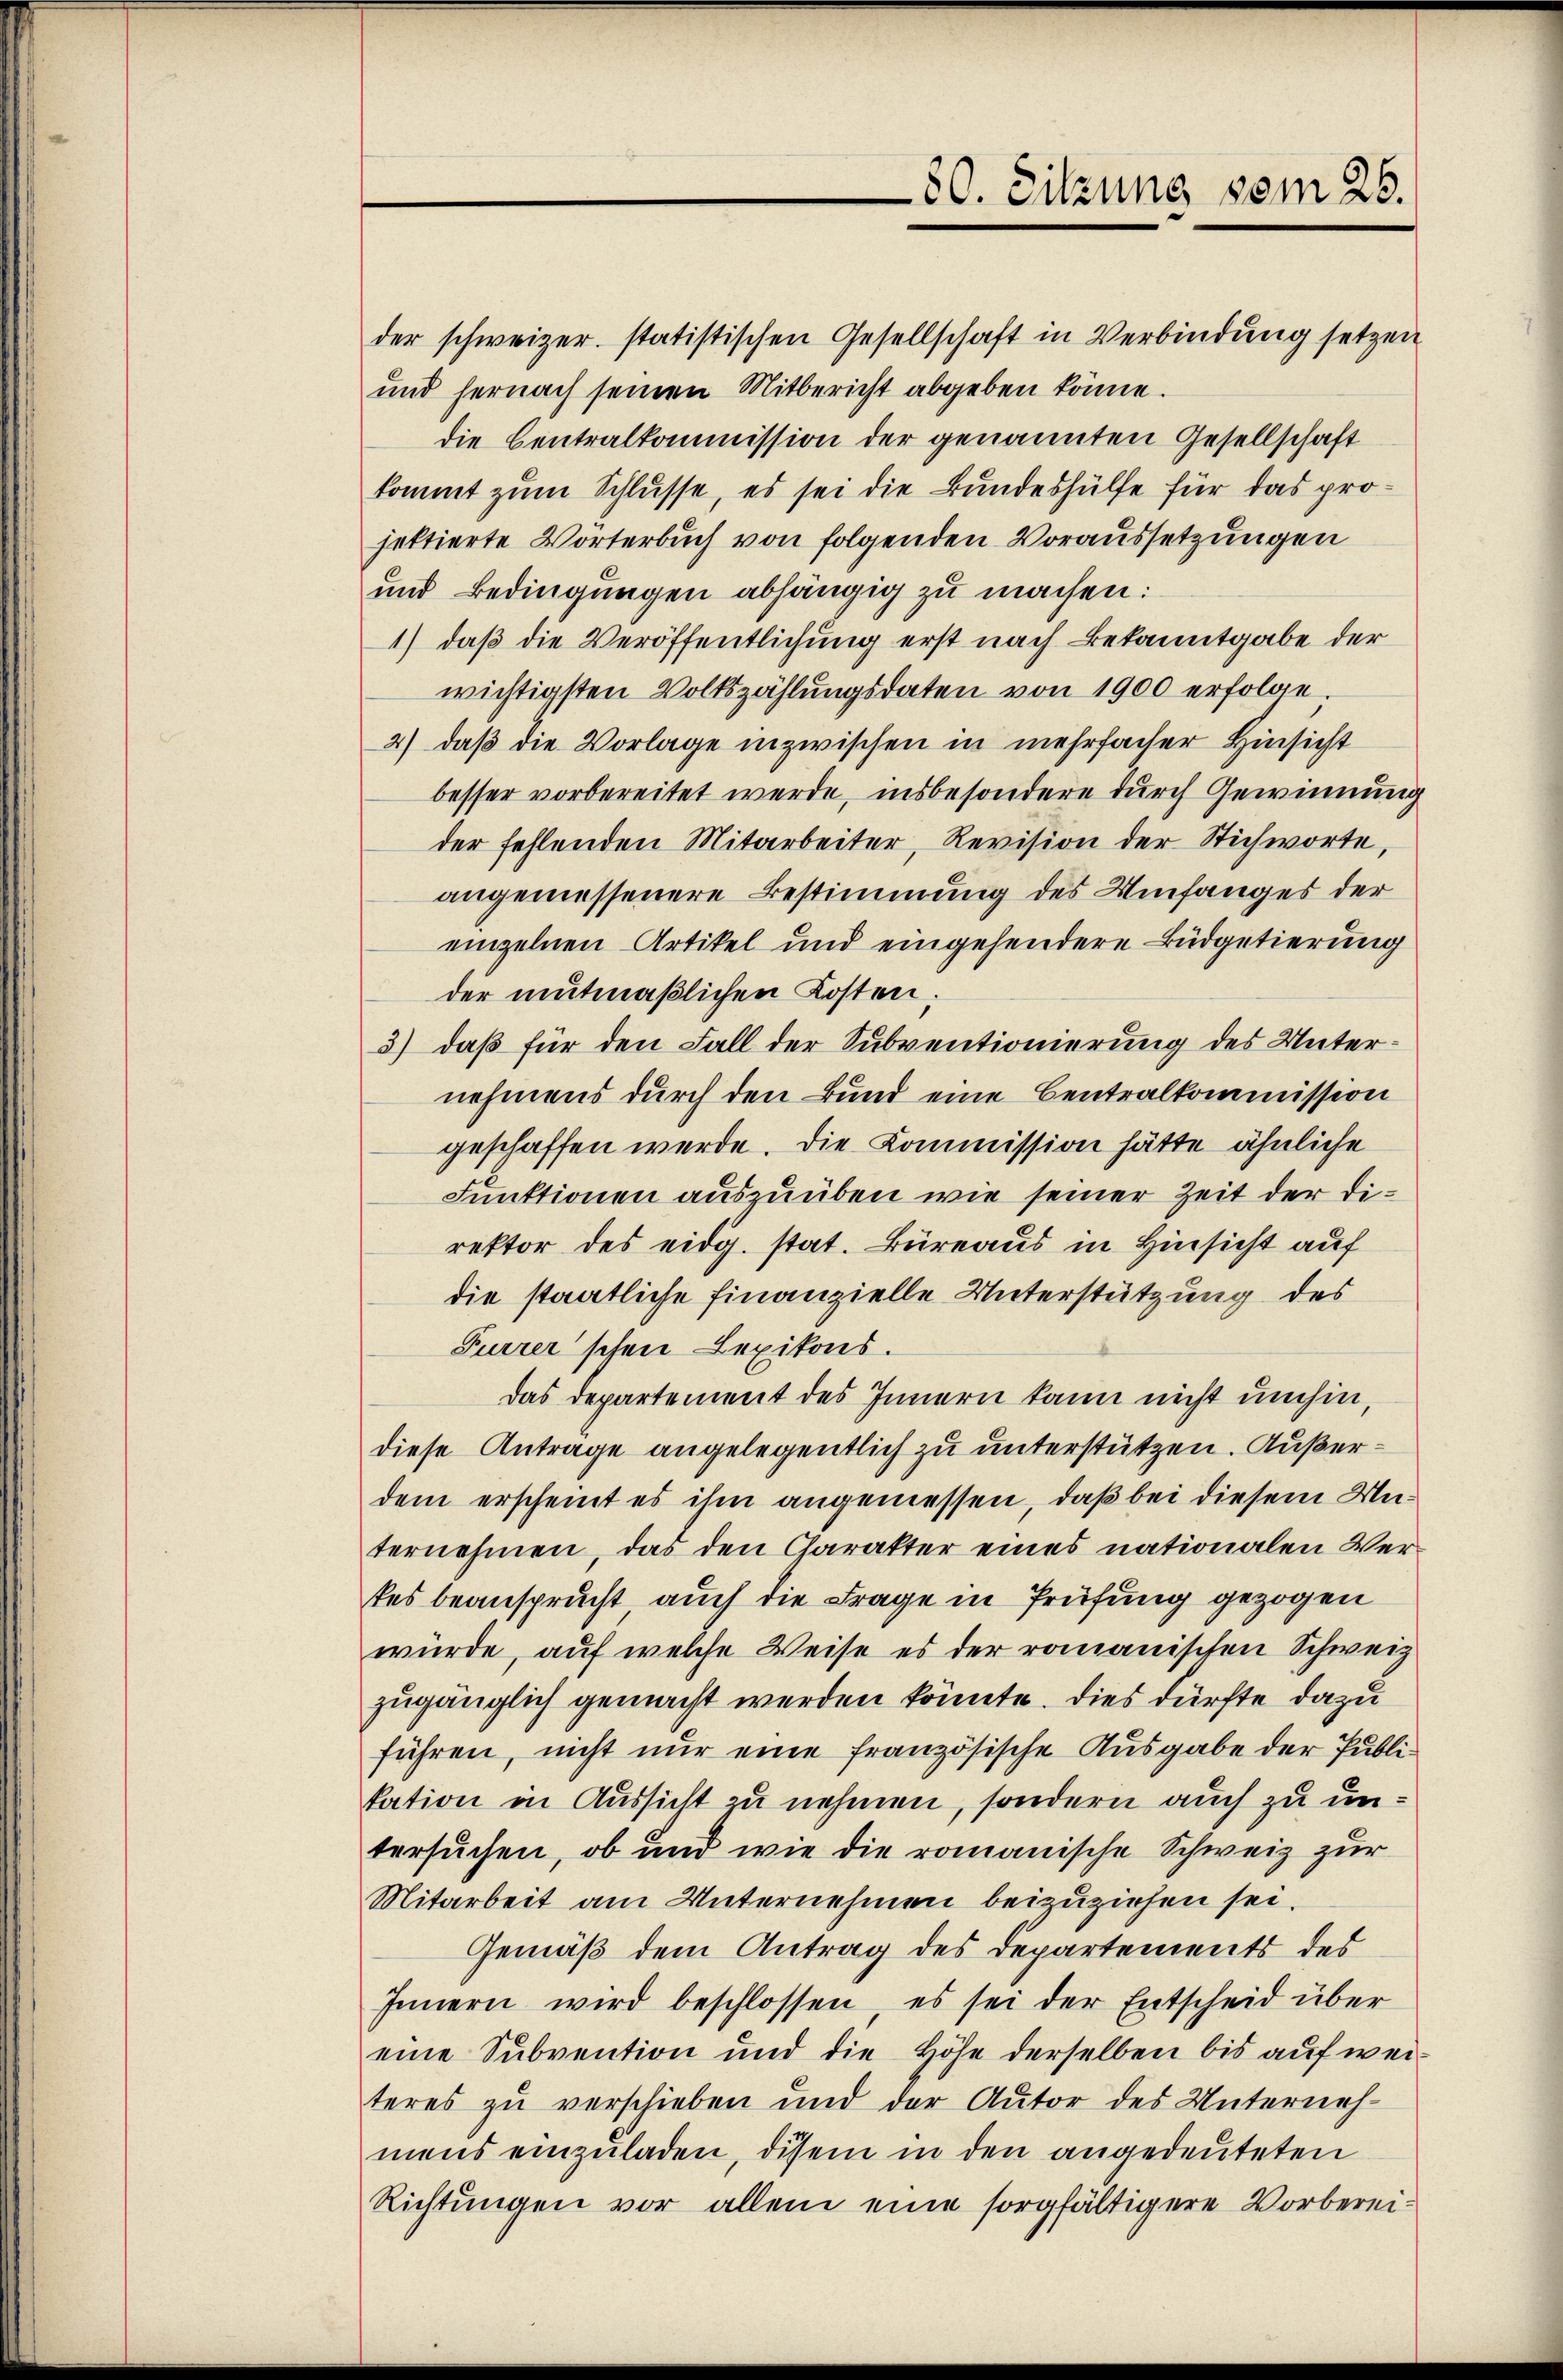
der schweizer. statistischen Gesellschaft in Verbindung setzen
und hernach seinen Mitbericht abgeben könne.
die Centralkommission der genannten Gesellschaft
kommt zum Schlüsse, es sei die Bundeshülfe für das projettierte Wörterbuch von folgenden Voraussetzungen
und Bedingungen abhängig zu machen:
1) daß die Veröffentlichung erst nach Bekanntgabe der
wichtigsten Volkszählungsdaten von 1900 erfolge.
2) daß die Vorlage inzwischen in mehrfacher Hinsicht
besser vorbereitet werde, insbesondere durch Gewinnung
der fehlenden Mitarbeiter, Revision der Stichworte
angemessenere Bestimmung des Umfanges der
einzelnen Artikel und eingehendere Büdgetierung
der mutmaßlichen Kosten.
3) daß für den Fall der Subventionierung des Unternehmens durch den Bund eine Centralkommission
geschaffen werde. Die Kommission hätte ähnliche
Funktionen auszuüben wie seiner Zeit der Direktor des eidg. stat. Büreaus in Hinsicht auf
die staatliche Finanzielle Unterstützung des
Furrer schen Lexikons.
Das Departement des Innern kann nicht umhin,
diese Antrage angelegentlich zu unterstützen. Außerdem erscheint es ihm angemessen, daß bei diesem Unternehmen, das den Charakter eines nationalen Ver-
tes beansprucht auch die Frage in Prüfung gezogen
würde, auf welche Weise es der romanischen Schweiz
zugänglich gemacht werden könnte. Dies dürfte dazu
führen, nicht nur eine französische Ausgabe der Publikation in Aussicht zu nehmen, sondern auch zu untersuchen, ob und wie die romanische Schweiz zur
Mitarbeit am Unternehmen beizuziehen sei.
Gemäß dem Antrag des Departements des
Innern wird beschlossen, es sei der Entscheid über
eine Subvention und die Höhe derselben bis auf weiteres zu verschieben und der Autor des Unternehmens einzŭladen, disem in den angedeuteten
Richtungen vor allem eine sorgfältigere Vorberei¬

80. Sitzung vom 26.